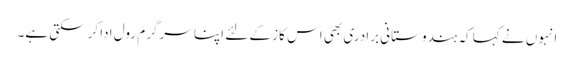
انہوں نے کہا کہ ہندوستانی برادری بھی اس کاز کے لئے اپنا سرگرم رول ادا کرسکتی ہے۔